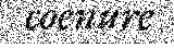
coenure